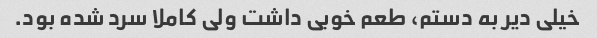
خیلی دیر به دستم، طعم خوبی داشت ولی کاملا سرد شده بود.